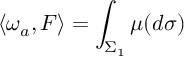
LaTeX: \langle \omega _ { a } , F \rangle = \int _ { \Sigma _ { 1 } } \mu ( d \sigma )